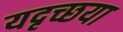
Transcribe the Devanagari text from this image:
यदृच्छया